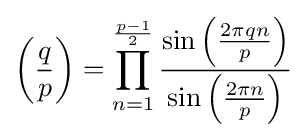
\left({\frac {q}{p}}\right)=\prod _{n=1}^{\frac {p-1}{2}}{\frac {\sin \left({\frac {2\pi qn}{p}}\right)}{\sin \left({\frac {2\pi n}{p}}\right)}}